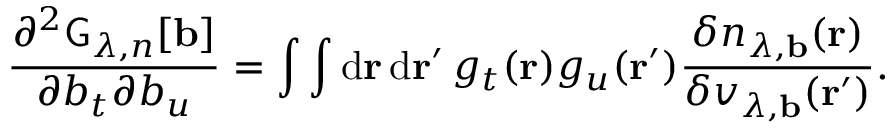
\frac { \partial ^ { 2 } \mathsf { G } _ { \lambda , n } [ \mathbf { b } ] } { \partial b _ { t } \partial b _ { u } } = \int \int \mathrm { d } \mathbf { r } \, \mathrm { d } \mathbf { r } ^ { \prime } \, g _ { t } ( \mathbf { r } ) g _ { u } ( \mathbf { r } ^ { \prime } ) \frac { \delta n _ { \lambda , \mathbf { b } } ( \mathbf { r } ) } { \delta v _ { \lambda , \mathbf { b } } ( \mathbf { r } ^ { \prime } ) } .